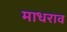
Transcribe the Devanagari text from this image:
माधराव